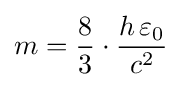
m={\frac {8}{3}}\cdot {\frac {h\,\varepsilon _{0}}{c^{2}}}